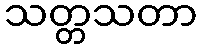
သတ္တသတာ